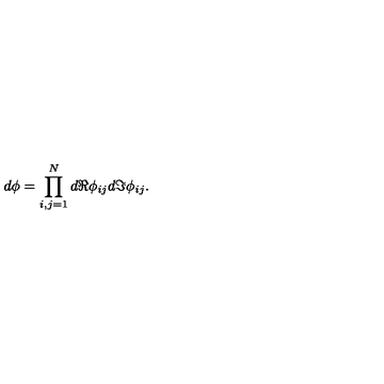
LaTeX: d \phi = \prod _ { i , j = 1 } ^ { N } d \Re \phi _ { i j } d \Im \phi _ { i j } .